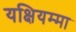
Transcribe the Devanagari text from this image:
यक्षियम्मा